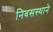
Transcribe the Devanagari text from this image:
निवसस्थाने